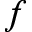
f